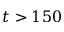
t > 1 5 0